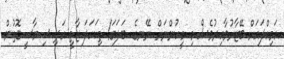
އަމިއްލައަށް ބޭޒާރުވާއިރުވެސް މި މީހުންނަށް ނޭނގެ. ބަލަގަ! ތިކަހަލަ ޒާތީ އަދި ސިޔާސީގޮތުން